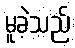
မူခဲ့သည်